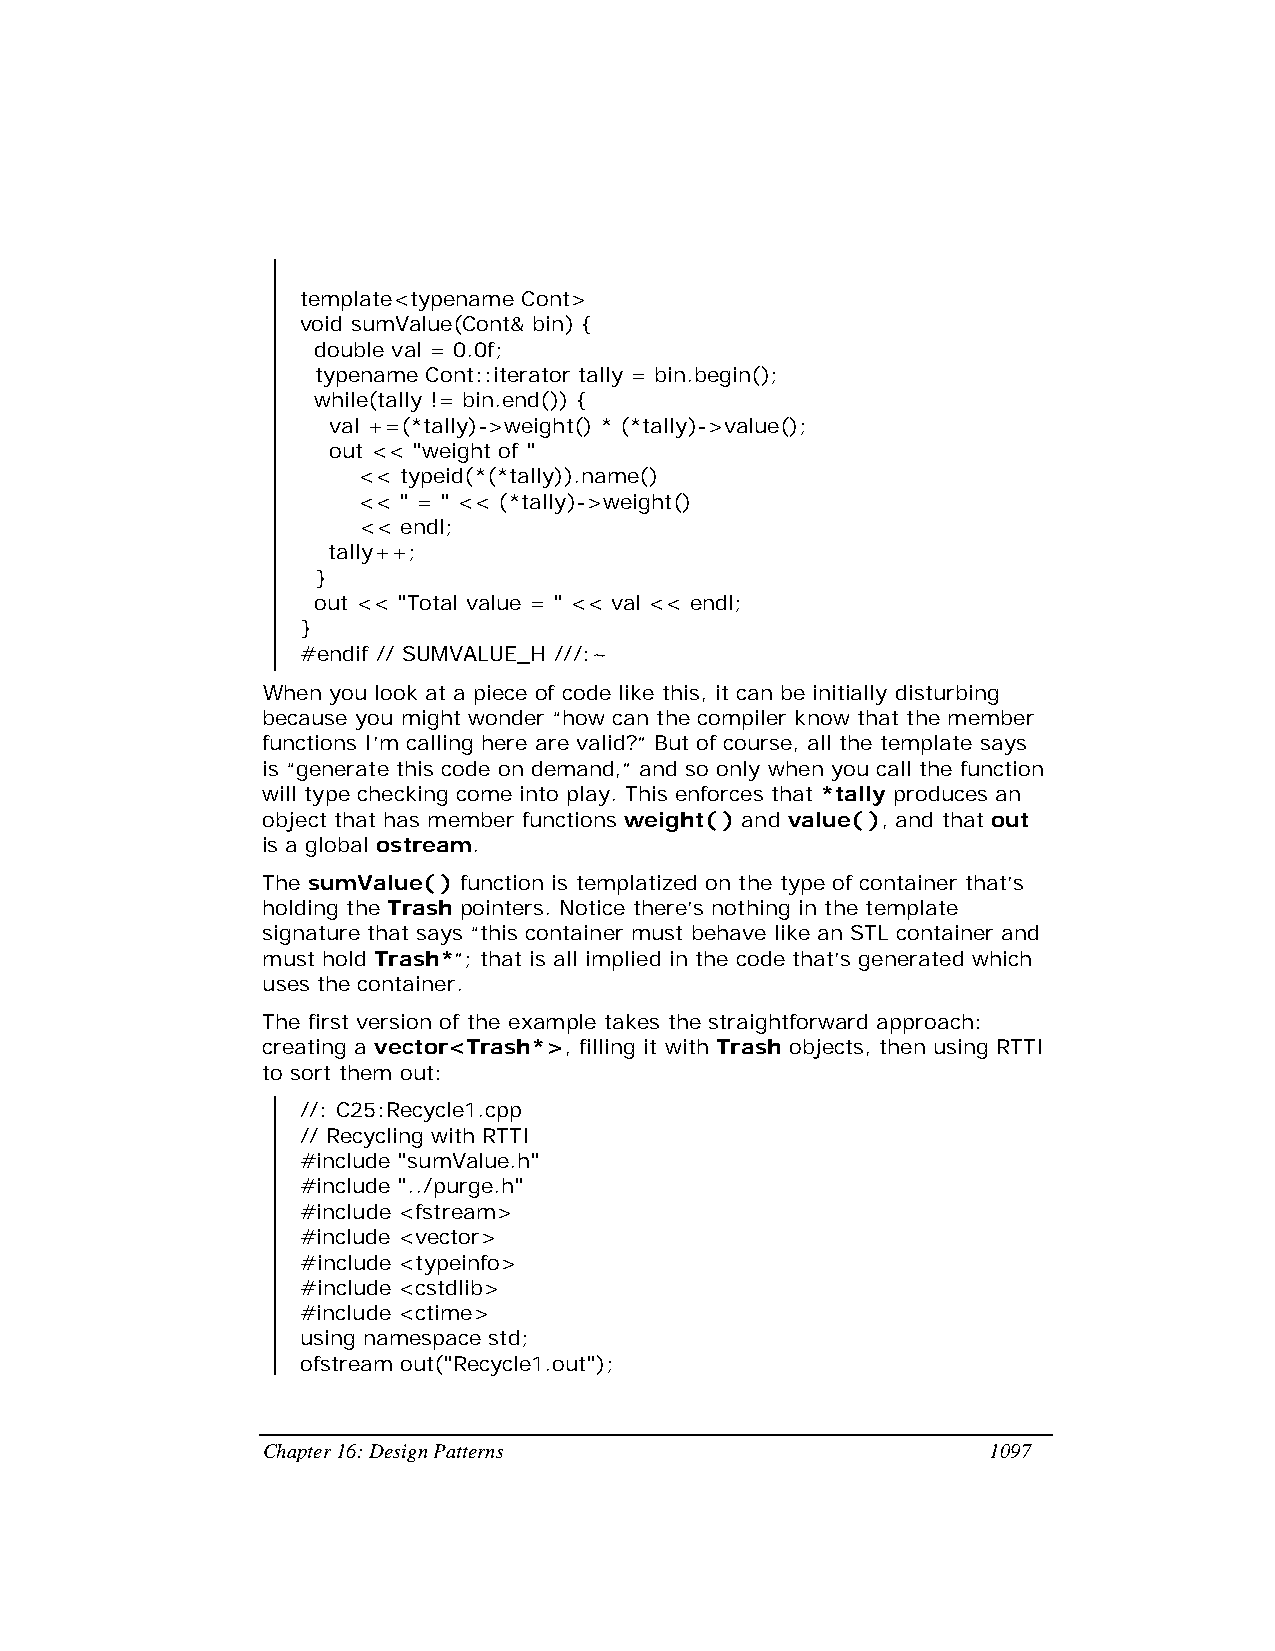
template<typename Cont>
 void sumValue(Cont& bin) {
 double val = 0.0f;
 typename Cont::iterator tally = bin.begin();
 while(tally != bin.end()) {
 val +=(*tally)->weight() * (*tally)->value();
 out << "weight of "
 << typeid(*(*tally)).name()
 << " = " << (*tally)->weight()
 << endl;
 tally++;
 }
 out << "Total value = " << val << endl;
 }
 #endif // SUMVALUE_H ///:~
 When you look at a piece of code like this, it can be initially disturbing
 because you might wonder “how can the compiler know that the member
 functions I’m calling here are valid?” But of course, all the template says
 is “generate this code on demand,” and so only when you call the function
 will type checking come into play. This enforces that *tally produces an
 object that has member functions weight( ) and value( ), and that out
 is a global ostream.
 The sumValue( ) function is templatized on the type of container that’s
 holding the Trash pointers. Notice there’s nothing in the template
 signature that says “this container must behave like an STL container and
 must hold Trash*”; that is all implied in the code that’s generated which
 uses the container.
 The first version of the example takes the straightforward approach:
 creating a vector<Trash*>, filling it with Trash objects, then using RTTI
 to sort them out:
 //: C25:Recycle1.cpp
 // Recycling with RTTI
 #include "sumValue.h"
 #include "../purge.h"
 #include <fstream>
 #include <vector>
 #include <typeinfo>
 #include <cstdlib>
 #include <ctime>
 using namespace std;
 ofstream out("Recycle1.out");
 Chapter 16: Design Patterns                     1097